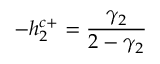
- h _ { 2 } ^ { c + } = \frac { \gamma _ { 2 } } { 2 - \gamma _ { 2 } }